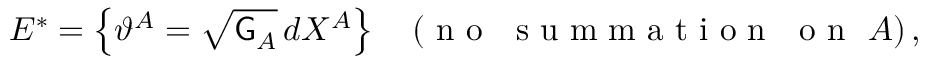
E ^ { * } = \left\{ \vartheta ^ { A } = \sqrt { \mathsf { G } _ { A } } \, d X ^ { A } \right\} \quad ( \mathrm { ~ n ~ o ~ ~ ~ s ~ u ~ m ~ m ~ a ~ t ~ i ~ o ~ n ~ ~ ~ o ~ n ~ } ~ A ) \, ,